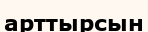
арттырсын